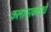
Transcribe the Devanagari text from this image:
कलाप्रकाराचे